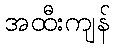
အထီးကျန်